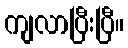
ကျလာပြီးပြီ။